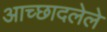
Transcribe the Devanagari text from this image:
अाच्छादलेले